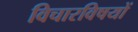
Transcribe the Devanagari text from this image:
विचारविषयों